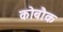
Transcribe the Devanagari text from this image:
कोबौक